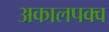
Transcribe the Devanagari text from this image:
अकालपक्व